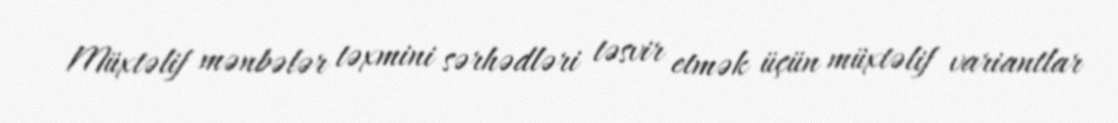
Müxtəlif mənbələr təxmini sərhədləri təsvir etmək üçün müxtəlif variantlar